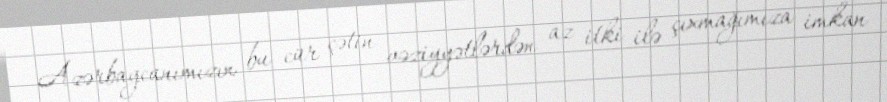
Azərbaycanımızın bu cür çətin vəziyyətlərdən az itki ilə çıxmağımıza imkan